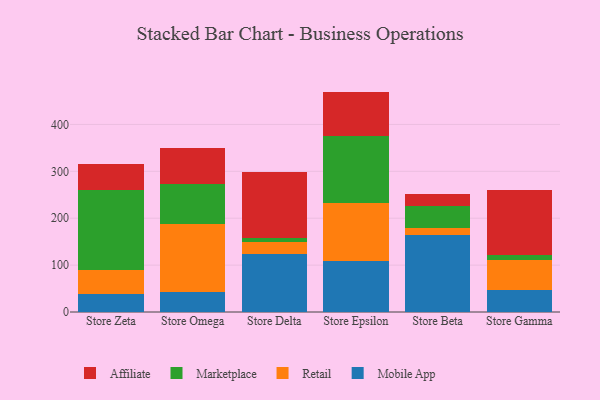
{"axis": {"x": "Store", "y": "Net Income (USD K)"}, "legend": ["Affiliate", "Marketplace", "Mobile App", "Retail"], "data": [{"x": "Store Zeta", "y": 37.4, "type": "Mobile App"}, {"x": "Store Zeta", "y": 52.3, "type": "Retail"}, {"x": "Store Zeta", "y": 169.6, "type": "Marketplace"}, {"x": "Store Zeta", "y": 56.3, "type": "Affiliate"}, {"x": "Store Omega", "y": 43.5, "type": "Mobile App"}, {"x": "Store Omega", "y": 144.8, "type": "Retail"}, {"x": "Store Omega", "y": 85.7, "type": "Marketplace"}, {"x": "Store Omega", "y": 76.0, "type": "Affiliate"}, {"x": "Store Delta", "y": 124.5, "type": "Mobile App"}, {"x": "Store Delta", "y": 24.0, "type": "Retail"}, {"x": "Store Delta", "y": 9.1, "type": "Marketplace"}, {"x": "Store Delta", "y": 141.3, "type": "Affiliate"}, {"x": "Store Epsilon", "y": 108.8, "type": "Mobile App"}, {"x": "Store Epsilon", "y": 123.8, "type": "Retail"}, {"x": "Store Epsilon", "y": 142.3, "type": "Marketplace"}, {"x": "Store Epsilon", "y": 95.1, "type": "Affiliate"}, {"x": "Store Beta", "y": 163.5, "type": "Mobile App"}, {"x": "Store Beta", "y": 14.6, "type": "Retail"}, {"x": "Store Beta", "y": 47.3, "type": "Marketplace"}, {"x": "Store Beta", "y": 25.3, "type": "Affiliate"}, {"x": "Store Gamma", "y": 46.0, "type": "Mobile App"}, {"x": "Store Gamma", "y": 65.6, "type": "Retail"}, {"x": "Store Gamma", "y": 11.0, "type": "Marketplace"}, {"x": "Store Gamma", "y": 138.1, "type": "Affiliate"}]}